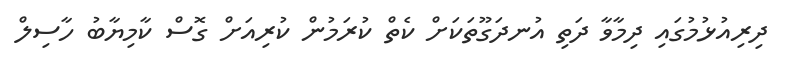
ދިރިއުޅުމުގައި ދިމާވާ ދަތި އުނދަގޫތަކަށް ކެތް ކުރަމުން ކުރިއަށް ގޮސް ކާމިޔާބު ހާސިލް